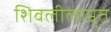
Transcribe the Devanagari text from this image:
शिवलीलामृत